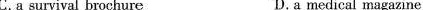
C.a survival brochure D.a medical magazine